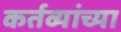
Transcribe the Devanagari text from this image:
कर्तव्यांच्या